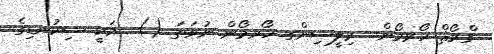
ގްރޯޘް ހޯރމޯން  ރިލީސިންގ ހޯރމޯން ނުވަތަ ()  އަކީ ސިކުނޑިގެ